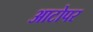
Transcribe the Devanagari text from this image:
आटोपर